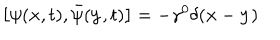
\left[ \psi ( { \bf x } , t ) , \bar { \psi } ( { \bf y } , t ) \right] = - \gamma ^ { 0 } \delta ( { \bf x } - { \bf y } )